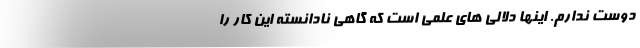
دوست ندارم. اینها دلالی های علمی است که گاهی نادانسته این کار را